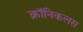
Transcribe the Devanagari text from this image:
क्रॉनिकलस